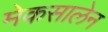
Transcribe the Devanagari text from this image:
मेकसालेन